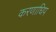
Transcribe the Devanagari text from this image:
करणाधिप